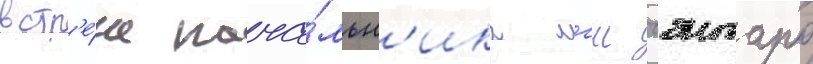
встр'е́че нача́льн'ика мгш гэнтаро